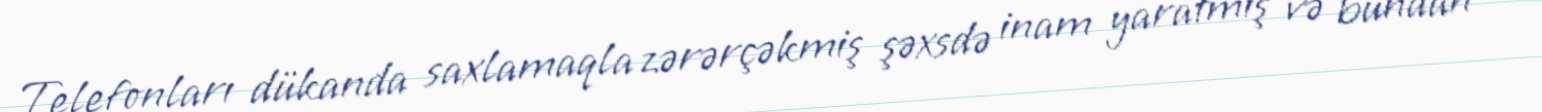
Telefonları dükanda saxlamaqla zərərçəkmiş şəxsdə inam yaratmış və bundan